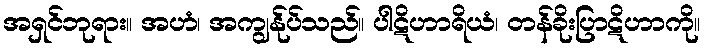
အရှင်ဘုရား။ အဟံ၊ အကျွန်ုပ်သည်။ ပါဋိဟာရိယံ၊ တန်ခိုးပြာဋိဟာကို။